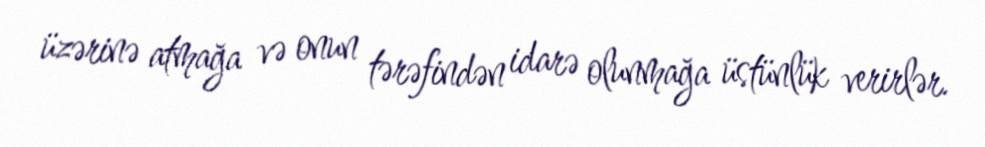
üzərinə atmağa və onun tərəfindən idarə olunmağa üstünlük verirlər.